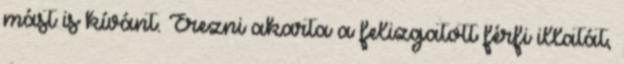
mást is kívánt. Érezni akarta a felizgatott férfi illatát,